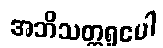
အဘိသတ္တရူပေါ